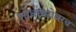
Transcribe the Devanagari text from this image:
शोधाबरोबरच